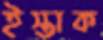
ইস্তাক